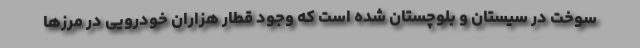
سوخت در سیستان و بلوچستان شده است که وجود قطار هزاران خودرویی در مرزها